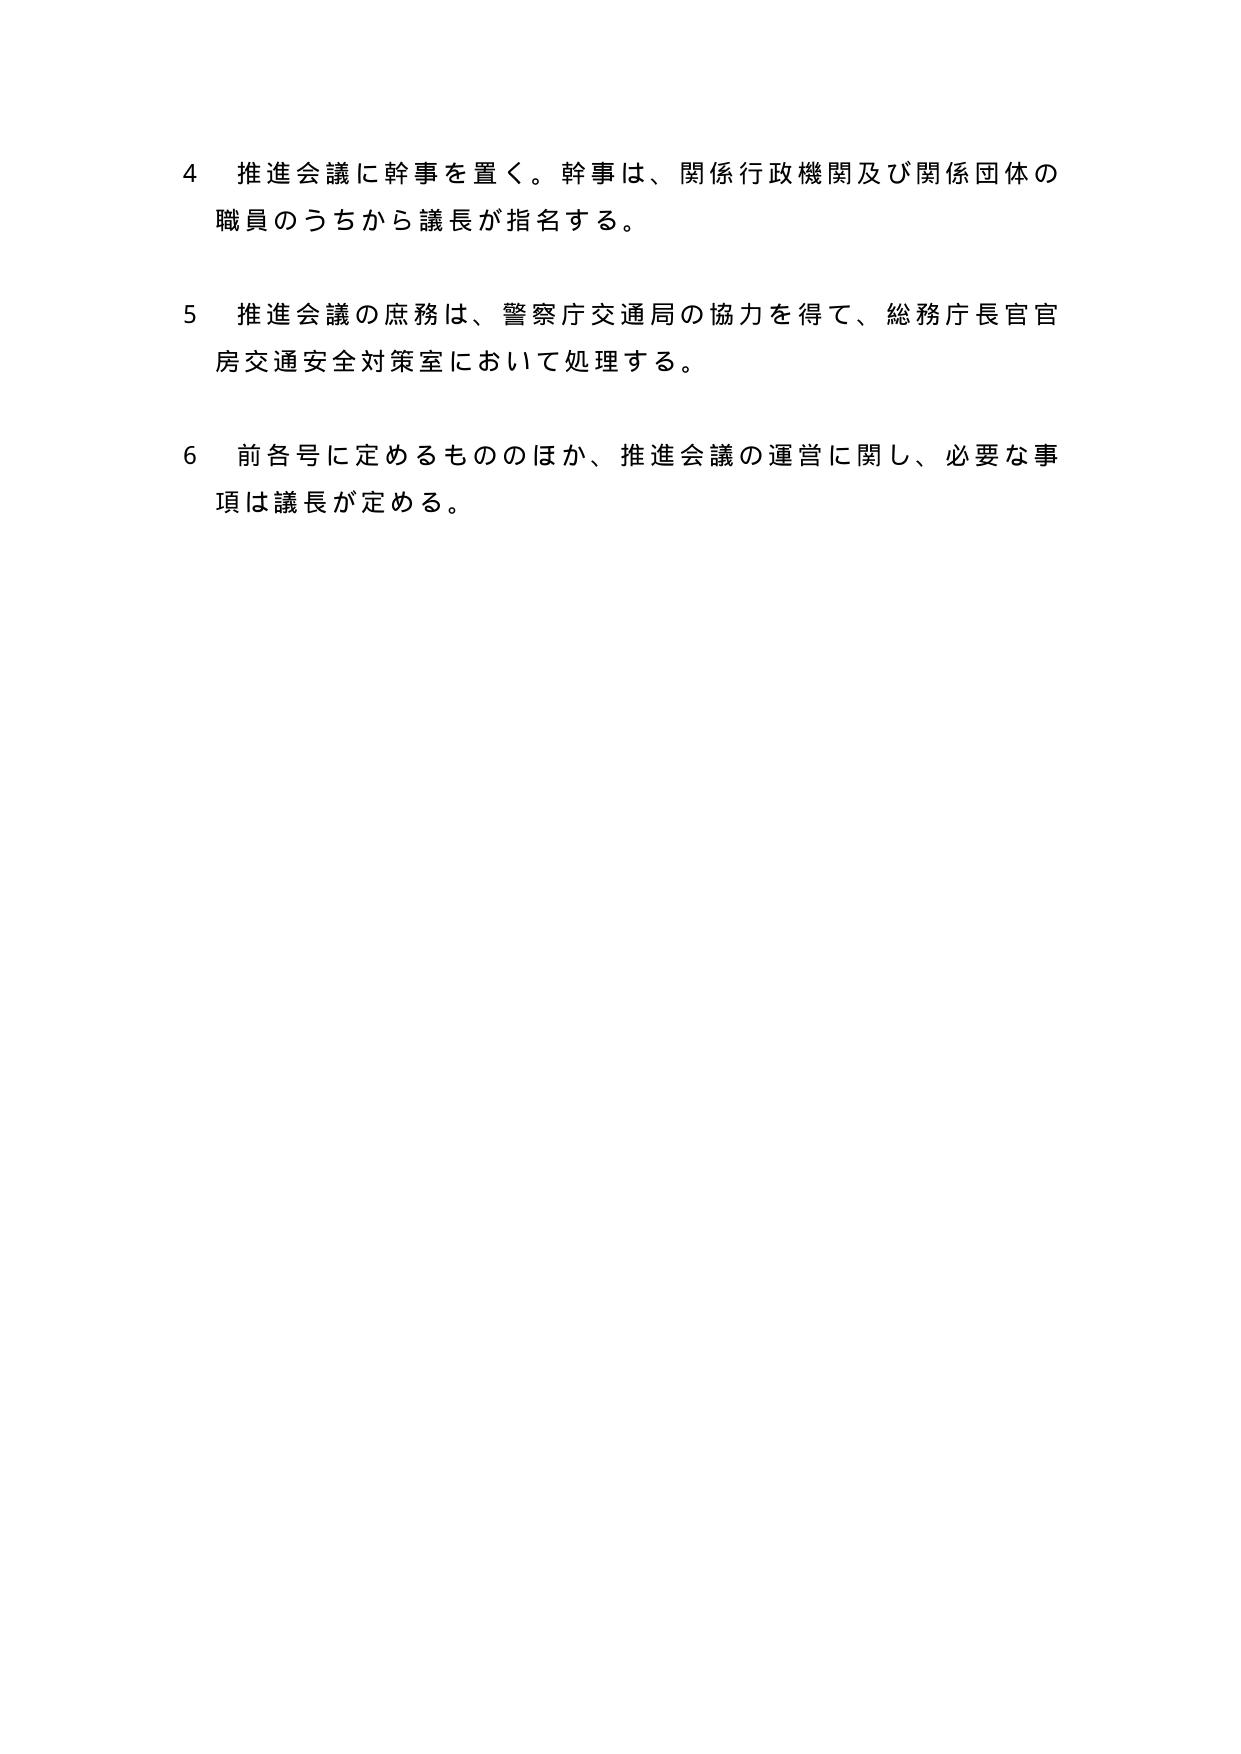
4 推進会議に幹事を置く。幹事は、関係行政機関及び関係団体の職員のうちから議長が指名する。

5 推進会議の庶務は、警察庁交通局の協力を得て、総務庁長官官房交通安全対策室において処理する。

6 前各号に定めるもののほか、推進会議の運営に関し、必要な事項は議長が定める。